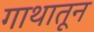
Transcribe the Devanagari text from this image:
गाथातून